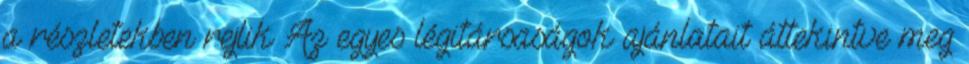
a részletekben rejlik Az egyes légitársaságok ajánlatait áttekintve meg